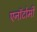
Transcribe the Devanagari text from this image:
एनॉटोमी